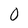
Character: 0